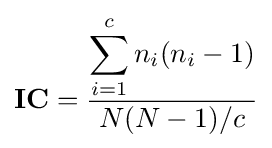
\mathbf {IC} ={\frac {\displaystyle \sum _{i=1}^{c}n_{i}(n_{i}-1)}{N(N-1)/c}}